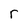
Character: r